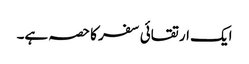
ایک ارتقائی سفر کا حصہ ہے۔